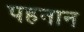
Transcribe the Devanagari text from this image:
पहनान